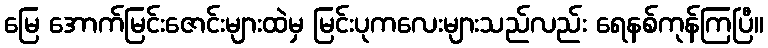
မြေ အောက်မြင်းဇောင်းများထဲမှ မြင်းပုကလေးများသည်လည်း ရေနစ်ကုန်ကြပြီ။